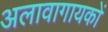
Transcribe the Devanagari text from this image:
अलावागायकों